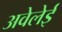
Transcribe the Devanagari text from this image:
अवेलेई